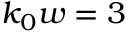
k _ { 0 } w = 3